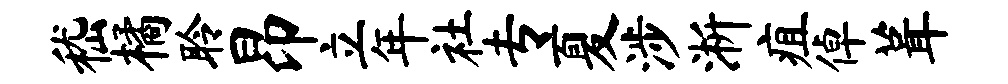
嵇橘聆昂立年社专夏涉淅疽倬葺